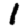
Digit: 1